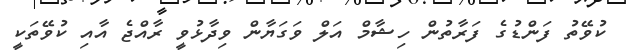
ކުވޭތު ފަންޑުގެ ފަރާތުން ހިޝާމް އަލް ވަގަޔާން ވިދާޅުވީ ރާއްޖެ އާއި ކުވޭތަކީ